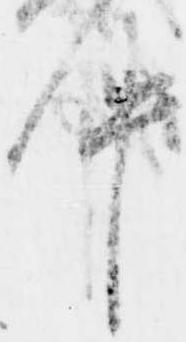
件